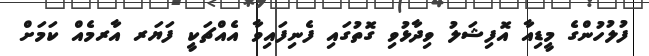
ފުލުހުންގެ މީޑިއާ އޮފިޝަލު ވިދާޅުވި ގޮތުގައި ފެނިފައިވާ އެއްޗަކީ ފަޔަރ އާރމެއް ކަމަށް